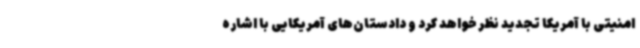
امنیتی با آمریکا تجدید نظر خواهد کرد و دادستان‌های آمریکایی با اشاره